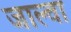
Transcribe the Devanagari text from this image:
जाल्वा